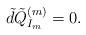
LaTeX: \begin{align*}\tilde{d}\tilde{Q}^{(m)}_{I_m}=0. \end{align*}